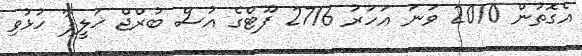
އެގޮތުން 2010 ވަނަ އަހަރު 2716 ފޫޓްގެ އުސް ބުރްޖް ޚަލީފާ ހުޅުވި